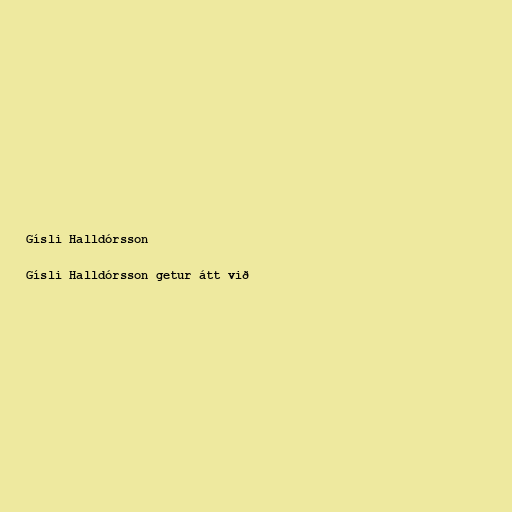
Gísli Halldórsson

Gísli Halldórsson getur átt við